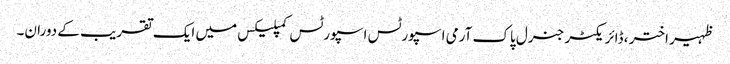
ظہیر اختر ، ڈائریکٹر جنرل پاک آرمی اسپورٹس اسپورٹس کمپلیکس میں ایک تقریب کے دوران۔